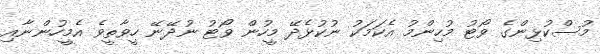
މުސްކުޅިންގެ ވޯޓު މުހިންމު އެކަމަކު ނުކުޅެދޭ މީހުން ވޯޓު ނުދޭނޭ ހީވާތީވެ އެމީހުންނާއި